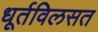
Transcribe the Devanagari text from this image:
धूर्तविलसत